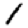
Digit: 1